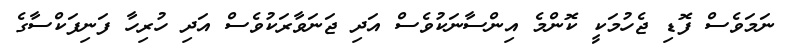
ނަމަވެސް ފޮޑި ޖެހުމަކީ ކޮންމެ އިންސާނަކުވެސް އަދި ޖަނަވާރަކުވެސް އަދި ހުރިހާ ފަނިފަކްސާގެ